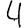
Digit: 4